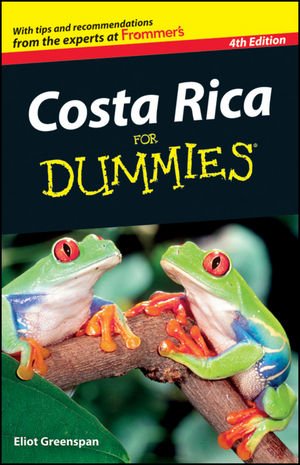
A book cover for Costa Rica For Dummies; Eliot Greenspan; Travel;